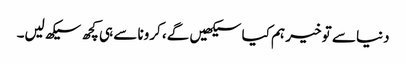
دنیا سے تو خیر ہم کیا سیکھیں گے، کرونا سے ہی کچھ سیکھ لیں۔